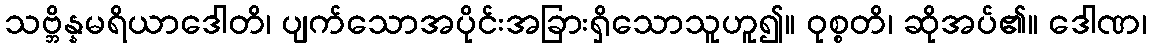
သဗ္ဘိန္နမရိယာဒေါတိ၊ ပျက်သောအပိုင်းအခြားရှိသောသူဟူ၍။ ဝုစ္စတိ၊ ဆိုအပ်၏။ ဒေါဏ၊